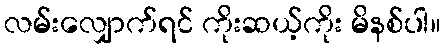
လမ်းလျှောက်ရင် ကိုးဆယ့်ကိုး မိနစ်ပါ။